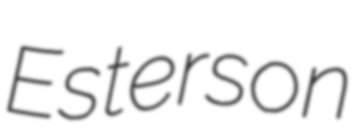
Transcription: Esterson